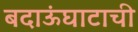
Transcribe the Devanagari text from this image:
बदाऊंघाटाची